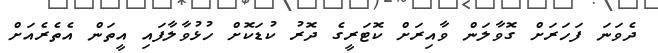
ދެވަނަ ފަހަރަށް ގޮވާލަން ވާއިރަށް ކޮޓަރީގެ ދޮރު ކުޑަކޮށް ހުޅުވާލާފައި އީތަން އެތެރެއަށް